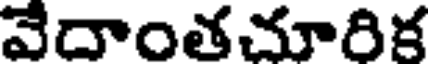
వేదాంతచూరిక